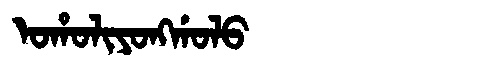
Manchu: ᠣᡥᠣᠯᡳᠶᠣᠩᡤᠣᠯᠣ
Romanization: OHOLIYONGGOLO